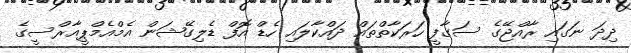
ދިދަ ނަގައި ރާއްޖޭގެ ސަގާފީ ހަރަކާތްތައް ދައްކާލައި ހެޑް އޮފް ޑެލިގޭޝަން އެމްއެމްޕީއާރްސީގެ